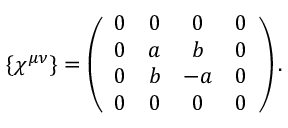
\{ \chi ^ { \mu \nu } \} = \left( \begin{array} { c c c c } { { 0 } } & { { 0 } } & { { 0 } } & { { 0 } } \\ { { 0 } } & { { a } } & { { b } } & { { 0 } } \\ { { 0 } } & { { b } } & { { - a } } & { { 0 } } \\ { { 0 } } & { { 0 } } & { { 0 } } & { { 0 } } \end{array} \right) .